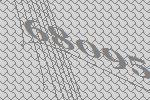
68095